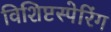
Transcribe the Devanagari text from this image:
विशिष्टस्पेरिंग